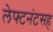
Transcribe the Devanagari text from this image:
लेफ्टनंटसह